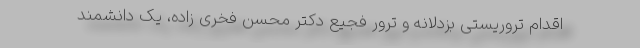
اقدام تروریستی بزدلانه و ترور فجیع دکتر محسن فخری زاده، یک دانشمند